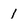
Character: 1